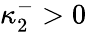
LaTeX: \kappa_{2}^{-}>0